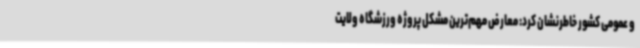
و عمومی کشور خاطرنشان کرد: معارض مهم‌ترین مشکل پروژه ورزشگاه ولایت